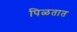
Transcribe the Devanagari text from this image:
पिळतात